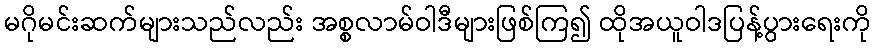
မဂိုမင်းဆက်များသည်လည်း အစ္စလာမ်ဝါဒီများဖြစ်ကြ၍ ထိုအယူဝါဒပြန့်ပွားရေးကို